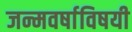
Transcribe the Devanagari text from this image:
जन्मवर्षाविषयी